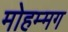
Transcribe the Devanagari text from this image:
मोहम्मग